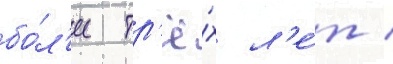
бо́л'ее тр'ё́х л'е́т /